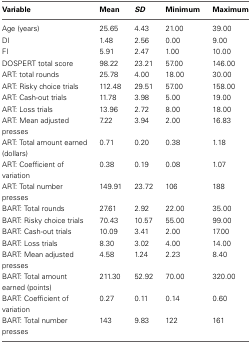
| Variable | Mean | SD | Minimum | Maximum |
 | --- | --- | --- | --- | --- |
 | Age (years) | 25.65 | 4.43 | 21.00 | 39.00 |
 | DI | 1.48 | 2.56 | 0.00 | 9.00 |
 | FI | 5.91 | 2.47 | 1.00 | 10.00 |
 | DOSPERT total score | 98.22 | 23.21 | 57.00 | 146.00 |
 | ART: total rounds | 25.78 | 4.00 | 18.00 | 30.00 |
 | ART: Risky choice trials | 112.48 | 29.51 | 57.00 | 158.00 |
 | ART: Cash-out trials | 11.78 | 3.98 | 5.00 | 19.00 |
 | ART: Loss trials | 13.96 | 2.72 | 8.00 | 18.00 |
 | ART: Mean adjusted presses | 7.22 | 3.94 | 2.00 | 16.83 |
 | ART: Total amount earned (dollars) | 0.71 | 0.20 | 0.38 | 1.18 |
 | ART: Coefficient of variation | 0.38 | 0.19 | 0.08 | 1.07 |
 | ART: Total number presses | 149.91 | 23.72 | 106 | 188 |
 | BART: Total rounds | 27.61 | 2.92 | 22.00 | 35.00 |
 | BART: Risky choice trials | 70.43 | 10.57 | 55.00 | 99.00 |
 | BART: Cash-out trials | 10.09 | 3.41 | 2.00 | 17.00 |
 | BART: Loss trials | 8.30 | 3.02 | 4.00 | 14.00 |
 | BART: Mean adjusted presses | 4.58 | 1.24 | 2.23 | 8.40 |
 | BART: Total amount earned (points) | 211.30 | 52.92 | 70.00 | 320.00 |
 | BART: Coefficient of variation | 0.27 | 0.11 | 0.14 | 0.60 |
 | BART: Total number presses | 143 | 9.83 | 122 | 161 |